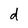
Character: d